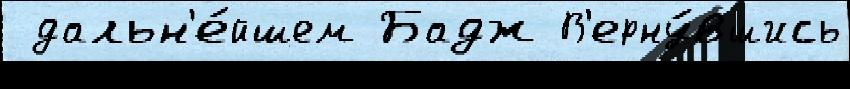
 дальн'е́йшем Бадж В'ерну́вшись